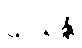
သယန္တိ